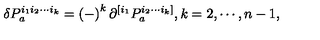
\delta P _ { a } ^ { i _ { 1 } i _ { 2 } \cdots i _ { k } } = \left( - \right) ^ { k } \partial ^ { [ i _ { 1 } } P _ { a } ^ { i _ { 2 } \cdots i _ { k } ] } , k = 2 , \cdots , n - 1 ,